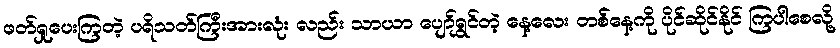
ဖတ်ရှုပေးကြတဲ့ ပရိသတ်ကြီးအားလုံး လည်း သာယာ ပျော်ရွှင်တဲ့ နေ့လေး တစ်နေ့ကို ပိုင်ဆိုင်နိုင် ကြပါစေလို့